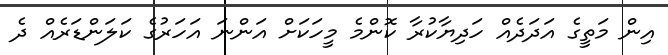
އިން މަތީގެ އަދަދެއް ހަދިޔާކުރާ ކޮންމެ މީހަކަށް އަންނަ އަހަރުގެ ކަލަންޑަރެއް ދެ